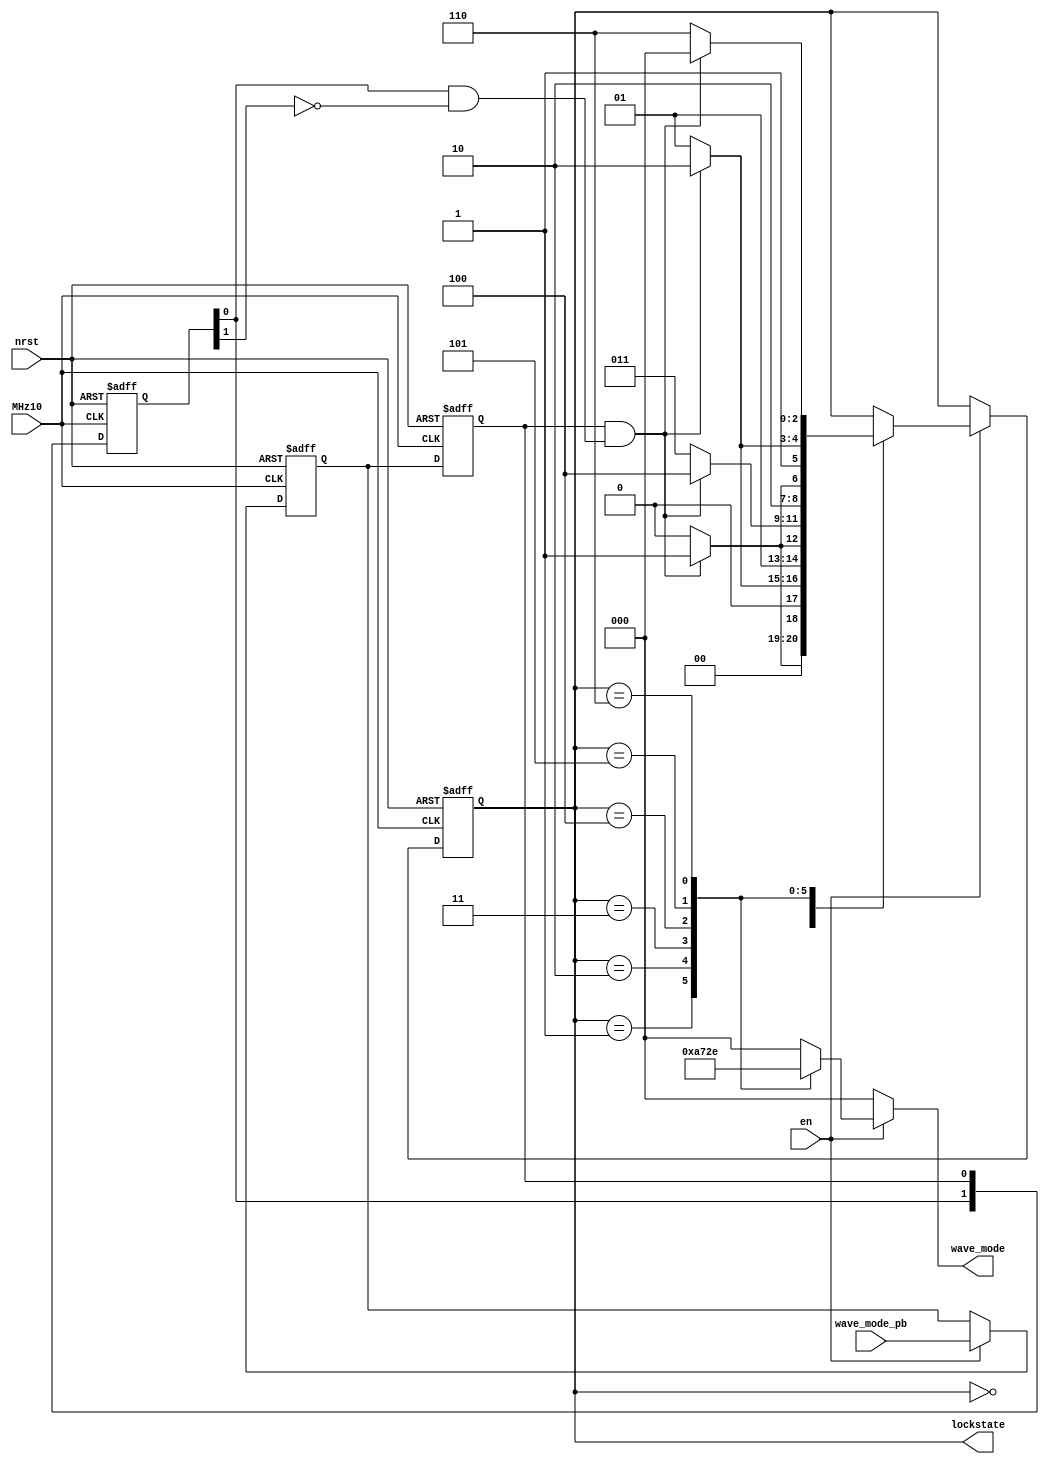
`default_nettype none
module wave_selector (
	MHz10,
	nrst,
	en,
	wave_mode_pb,
	wave_mode,
	lockstate
);
	reg _sv2v_0;
	input wire MHz10;
	input wire nrst;
	input wire en;
	input wire wave_mode_pb;
	output reg [2:0] wave_mode;
	output reg [2:0] lockstate;
	localparam SAWTOOTH = 0;
	localparam SQUARE = 1;
	localparam REVERSE_SAWTOOTH = 2;
	localparam TRIANGLE = 3;
	localparam SINE = 4;
	localparam TRUMPET = 5;
	localparam VIOLIN = 6;
	reg sync1;
	reg sync2;
	reg next_wave_mode_pb;
	always @(posedge MHz10 or negedge nrst)
		if (!nrst) begin
			sync1 <= 0;
			sync2 <= 0;
		end
		else begin
			sync1 <= next_wave_mode_pb;
			sync2 <= sync1;
		end
	always @(*) begin
		if (_sv2v_0)
			;
		next_wave_mode_pb = sync1;
		if (en)
			next_wave_mode_pb = wave_mode_pb;
	end
	reg [1:0] edge1;
	always @(posedge MHz10 or negedge nrst)
		if (!nrst)
			edge1 <= 0;
		else begin
			edge1[1] <= edge1[0];
			edge1[0] <= sync2;
		end
	wire intermediate;
	assign intermediate = edge1[0] & ~edge1[1];
	reg [2:0] n_lockstate;
	always @(posedge MHz10 or negedge nrst) begin : synchronizer
		if (!nrst)
			lockstate <= SAWTOOTH;
		else
			lockstate <= n_lockstate;
	end
	always @(*) begin : state_machine
		if (_sv2v_0)
			;
		n_lockstate = lockstate;
		wave_mode = 0;
		if (en)
			case (lockstate)
				SAWTOOTH: begin
					wave_mode = 3'd0;
					if ((sync2 == 1) && intermediate)
						n_lockstate = SQUARE;
					else
						n_lockstate = SAWTOOTH;
				end
				SQUARE: begin
					wave_mode = 3'd1;
					if ((sync2 == 1) && intermediate)
						n_lockstate = REVERSE_SAWTOOTH;
					else
						n_lockstate = SQUARE;
				end
				REVERSE_SAWTOOTH: begin
					wave_mode = 3'd2;
					if ((sync2 == 1) && intermediate)
						n_lockstate = TRIANGLE;
					else
						n_lockstate = REVERSE_SAWTOOTH;
				end
				TRIANGLE: begin
					wave_mode = 3'd3;
					if ((sync2 == 1) && intermediate)
						n_lockstate = SINE;
					else
						n_lockstate = TRIANGLE;
				end
				SINE: begin
					wave_mode = 3'd4;
					if ((sync2 == 1) && intermediate)
						n_lockstate = TRUMPET;
					else
						n_lockstate = SINE;
				end
				TRUMPET: begin
					wave_mode = 3'd5;
					if ((sync2 == 1) && intermediate)
						n_lockstate = VIOLIN;
					else
						n_lockstate = TRUMPET;
				end
				VIOLIN: begin
					wave_mode = 3'd6;
					if ((sync2 == 1) && intermediate)
						n_lockstate = SAWTOOTH;
					else
						n_lockstate = VIOLIN;
				end
				default: begin
					wave_mode = 3'd0;
					n_lockstate = lockstate;
				end
			endcase
	end
	initial _sv2v_0 = 0;
endmodule